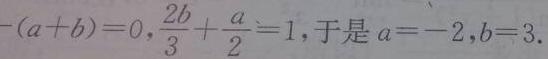
$-(a + b) = 0,\frac{2b}{3}+\frac{a}{2}=1$，于是$a = -2,b = 3.$